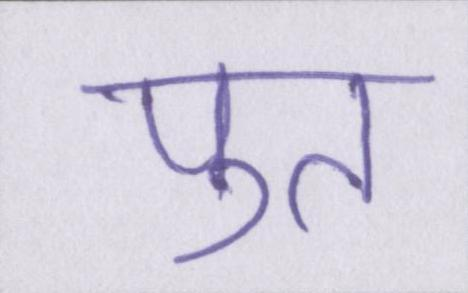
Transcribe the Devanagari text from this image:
पुत